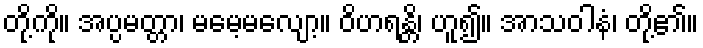
တို့ကို။ အပ္ပမတ္တာ၊ မမေ့မလျော့။ ဝိဟရန္တိ၊ ဟူ၍။ အာသဝါနံ၊ တို့၏။